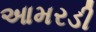
આમરડી